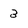
Character: 3